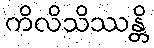
ကိလိသိဿန္တိ